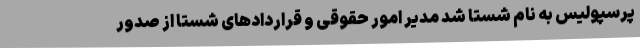
پرسپولیس به نام شستا شد مدیر امور حقوقی و قراردادهای شستا از صدور